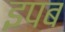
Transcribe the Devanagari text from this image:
इपब